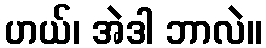
ဟယ်၊ အဲဒါ ဘာလဲ။